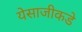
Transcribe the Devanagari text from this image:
येसाजीकडे